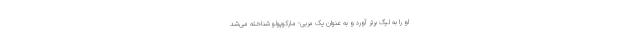
او را به لیگ برتر آورد و به عنوان یک مربی- مارکوپولو شناخته می‌شد